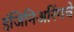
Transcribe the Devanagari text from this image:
इंजिनिअरिंगचे